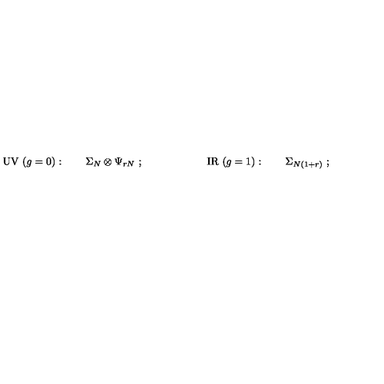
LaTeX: \mathrm { U V } \ ( g = 0 ) : \qquad \Sigma _ { N } \otimes \Psi _ { r N } \ ; \qquad \qquad \qquad \mathrm { I R \ } ( g = 1 ) : \qquad \Sigma _ { N ( 1 + r ) } \ ;